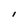
Character: I